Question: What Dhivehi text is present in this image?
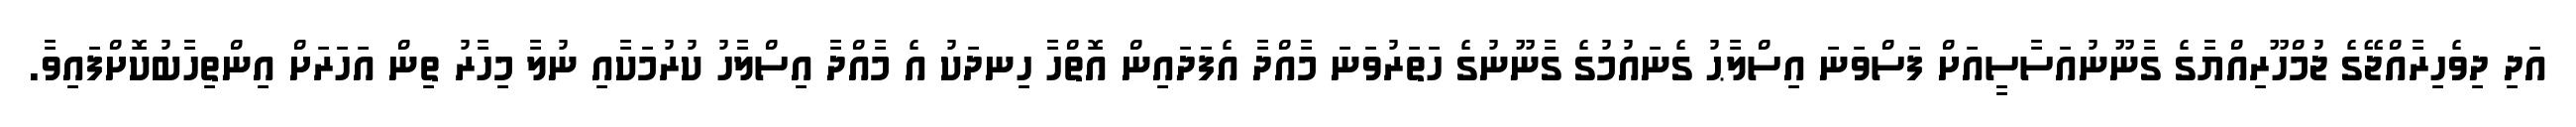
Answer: އަދި ދިވެހިރާއްޖޭގެ ޖުމްހޫރިއްޔާގެ ގާނޫނުއަސާސީއަށް ފަސްވަނަ އިސްލާޙު ގެނައުމުގެ ގާނޫނުގެ ހަތަރުވަނަ މާއްދާ އެފަދައިން އޮތްހާ ހިނދަކު އެ މާއްދާ އިސްލާހު ކުރުމަކާއި ނުލާ މިހާރު ތިން އަހަރަށް އިންތިހާބުކޮށްފައިވާ.